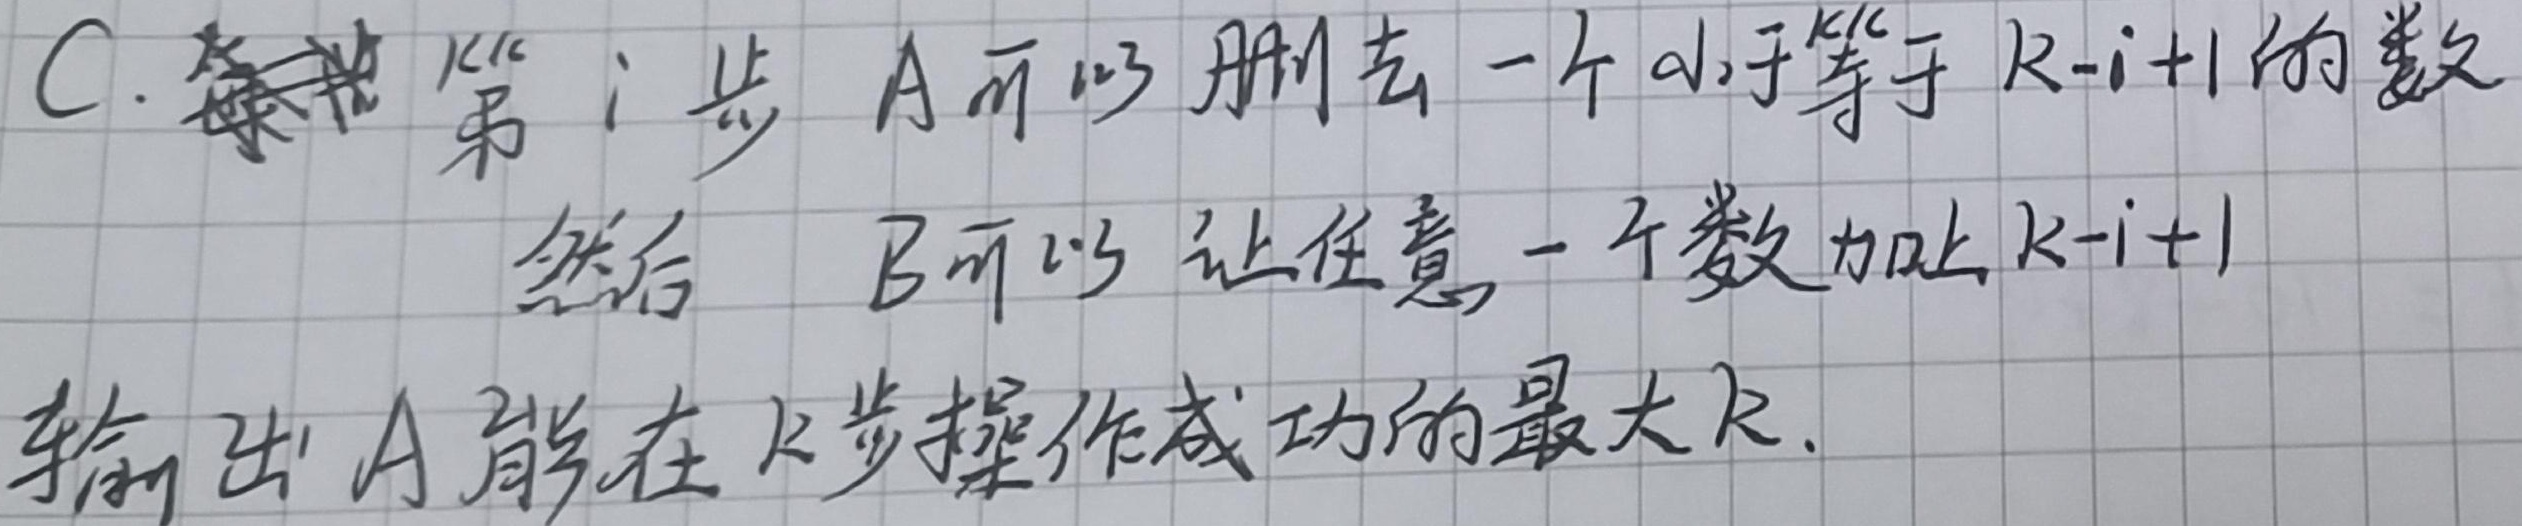
C. 每轮第 \(i\) 步，A 可以删去一个小于等于 \(k - i + 1\) 的数，然后 B 可以让任意一个数加上 \(k - i + 1\)。输出 A 能在 \(k\) 步操作成功的最大 \(k\)。